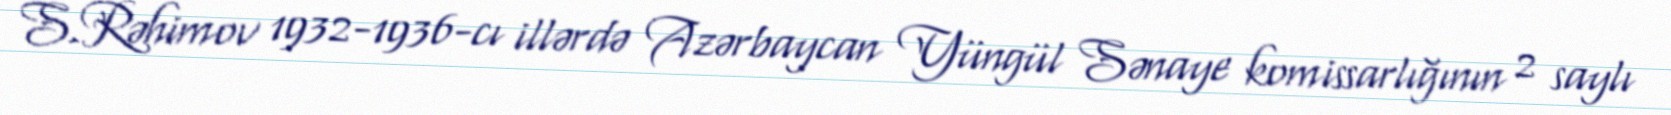
S.Rəhimov 1932-1936-cı illərdə Azərbaycan Yüngül Sənaye komissarlığının 2 saylı